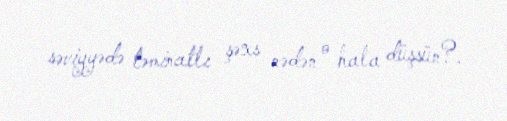
səviyyədə təminatlı şəxs nədən o hala düşsün?.